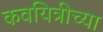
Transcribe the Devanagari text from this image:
कवयित्रीच्या